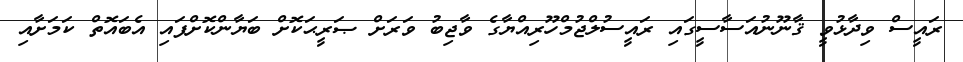
ރައީސް ވިދާޅުވީ ޤާނޫނުއަސާސީގައި ރައީސުލްޖުމްހޫރިއްޔާގެ ވާޖިބު ވަރަށް ޞަރީޙަކޮށް ބަޔާންކޮށްފައި އެބައޮތް ކަމަށާއި